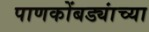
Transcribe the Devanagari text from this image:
पाणकोंबड्यांच्या